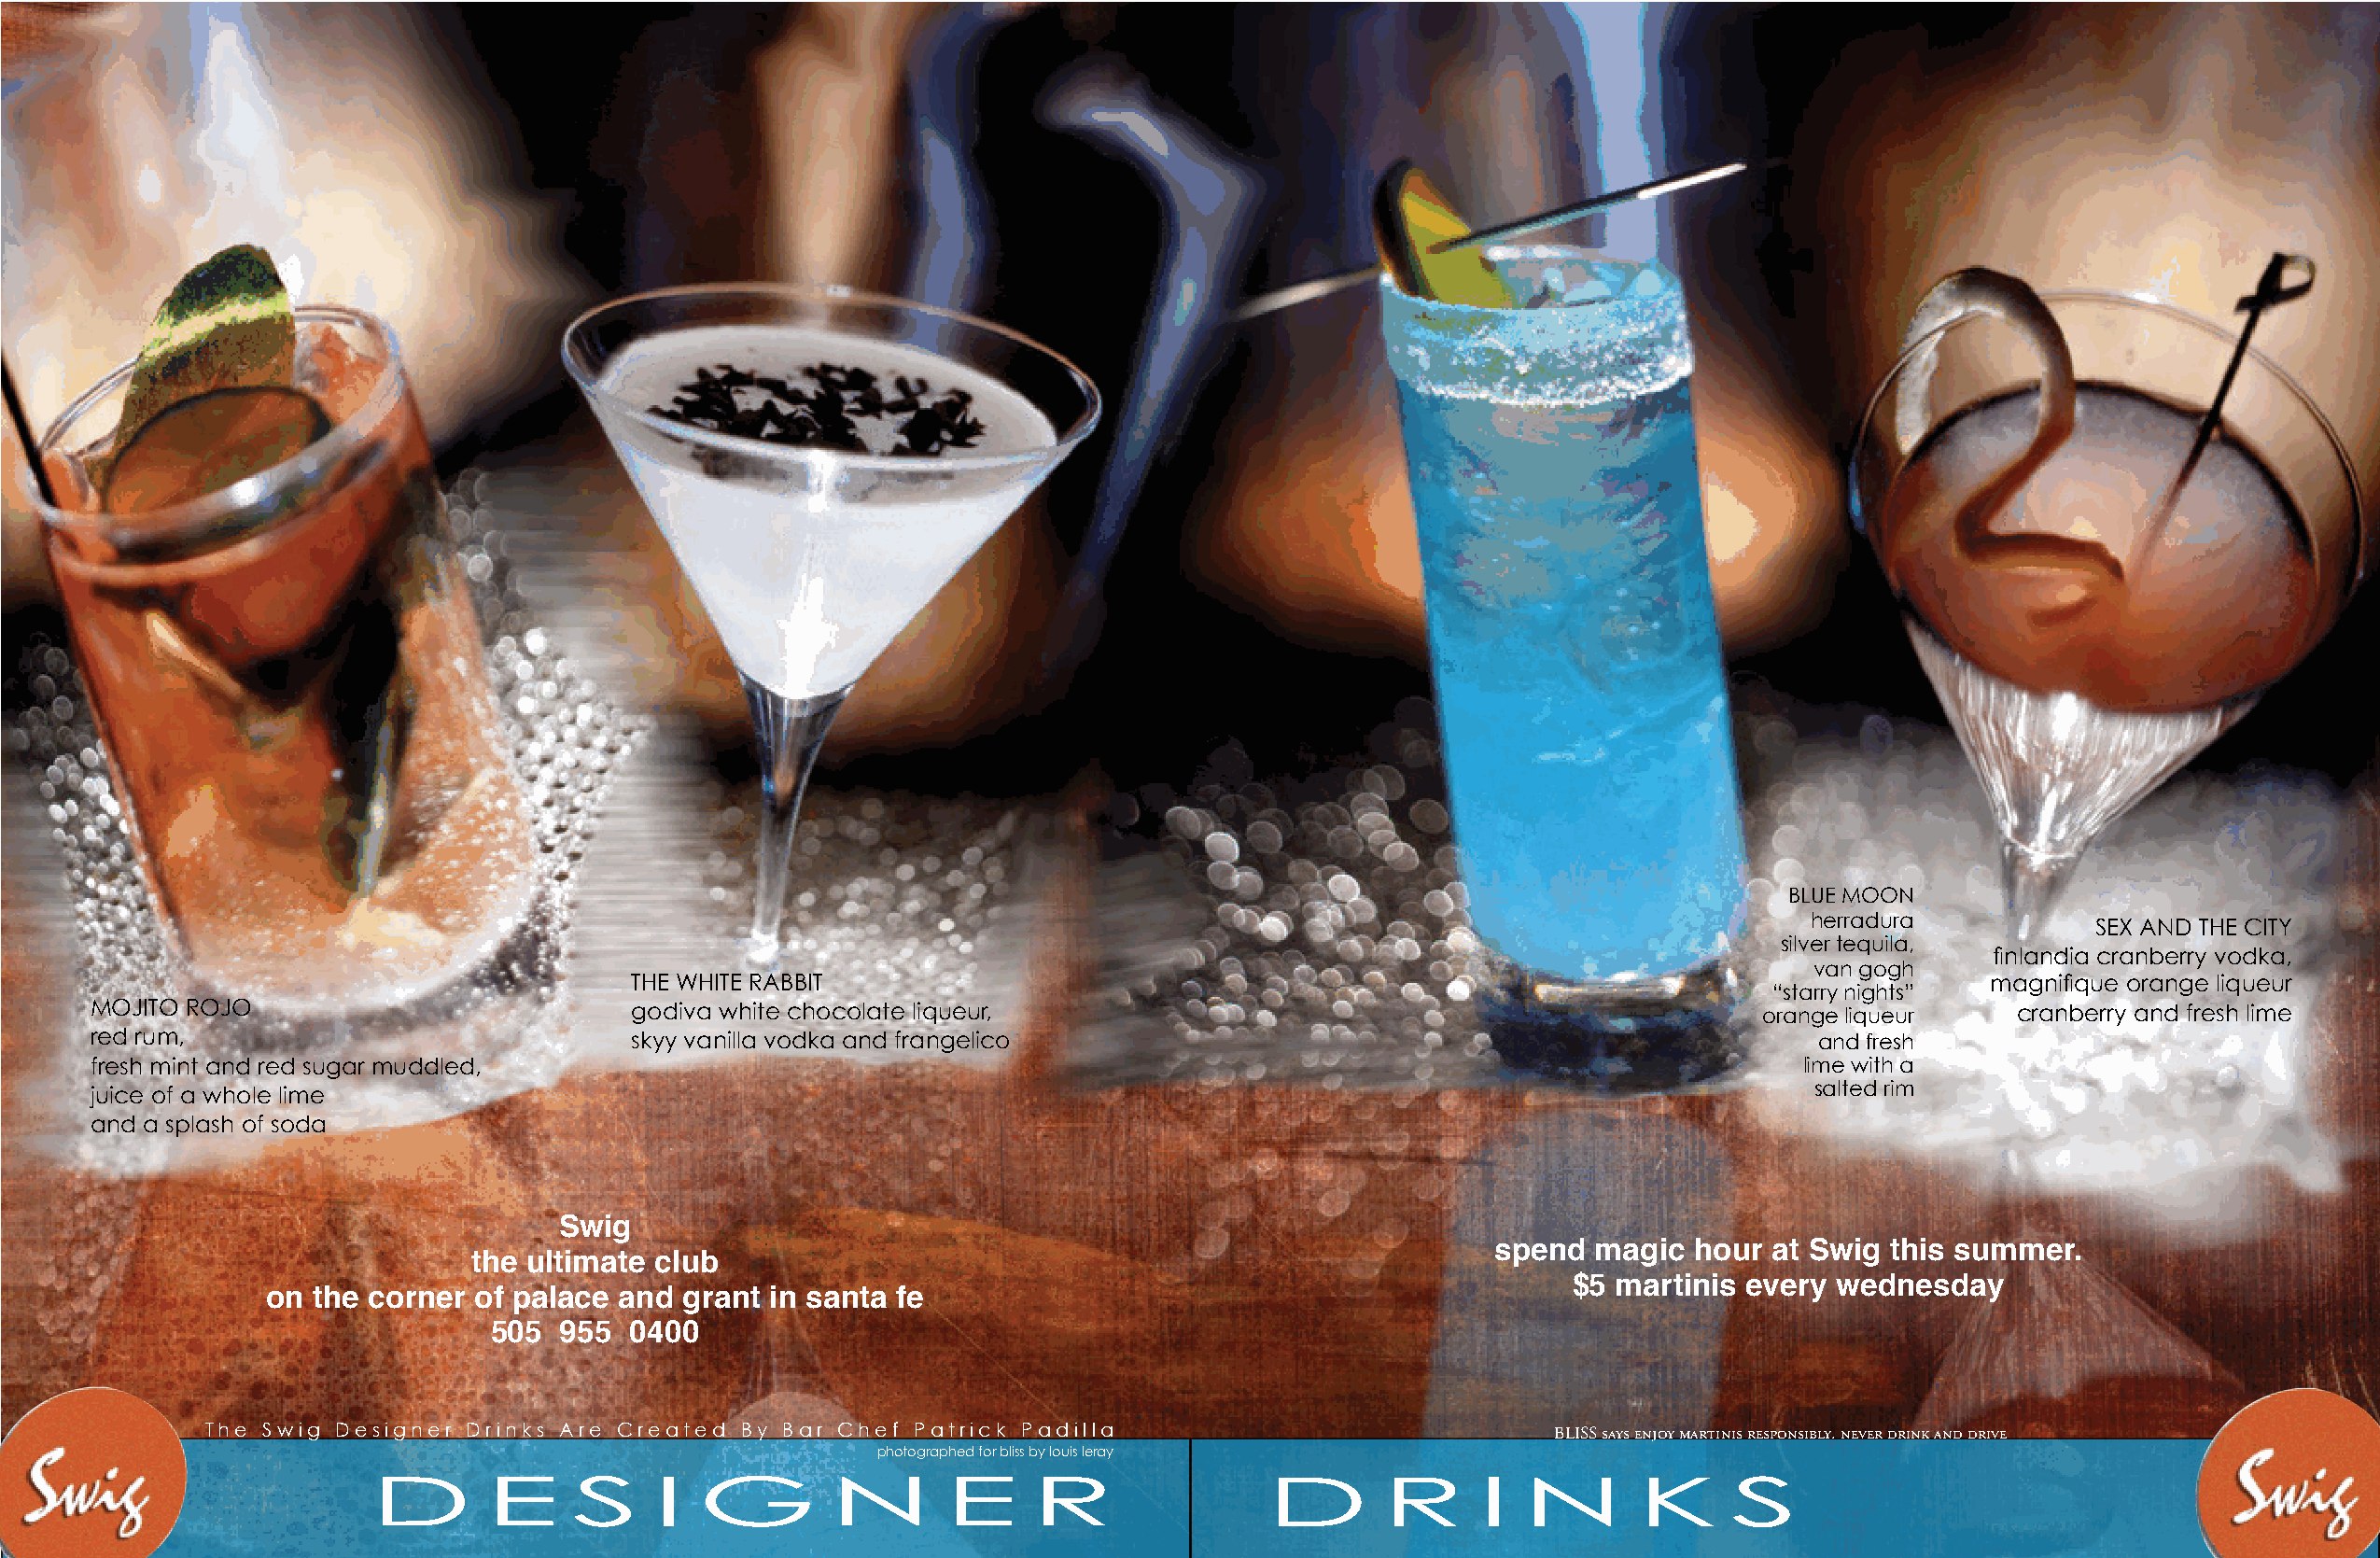
BLUE MOON
 herradura            SEX AND THE CITY
 silver tequila,
 finlandia cranberry vodka,
 van gogh
 THE WHITE RABBIT                                                                                magnifique orange liqueur
 “starry nights”
 MOJITO ROJO                            godiva white chocolate liqueur,                                                 orange liqueur    cranberry and fresh lime
 red rum,                               skyy vanilla vodka and frangelico                                                   and fresh
 fresh mint and red sugar muddled,                                                                                         lime with a
 salted rim
 juice of a whole lime
 and a splash of soda
 Swig
 spend  magic  hour  at Swig this summer.
 the ultimate club
 $5 martinis every wednesday
 on the corner  of palace and grant  in santa fe
 505  955  0400
 The Swig Designer Drinks Are Created  By Bar Chef Patrick Padilla
 BLISS says enjoy martinis responsibly. never drink and drive
 photographed for bliss by louis leray
 D       E      S    I   G        N       E     r                D       r      I  N       k      S